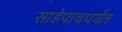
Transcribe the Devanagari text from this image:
साडेपाचपर्यंत